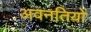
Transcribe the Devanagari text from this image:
अवनतियों